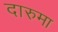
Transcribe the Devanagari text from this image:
दारुमा